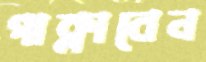
পাক্‌লাবেন